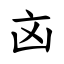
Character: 㐫